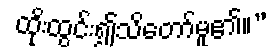
ထိုးထွင်း၍သိတော်မူ၏။”